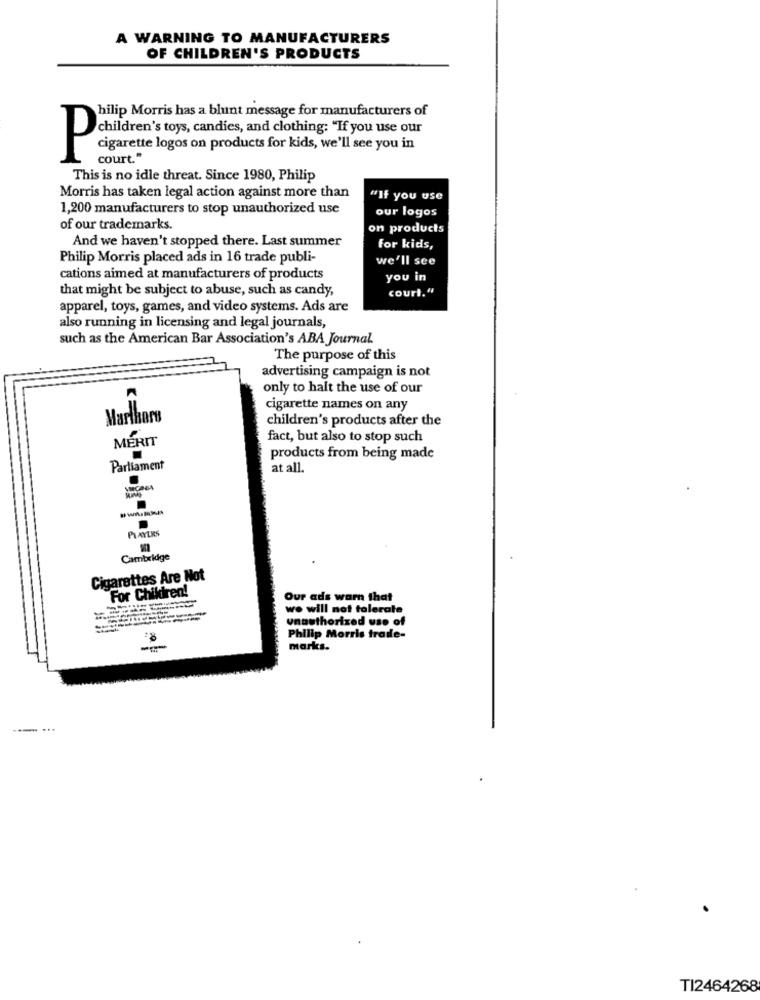
A WARNING TO MANUFACTURERS
OF CHILDREN'S PRODUCTS
hilip Morris has a blunt message for manufacturers of
children's toys, candies, and clothing: "If you use our
cigarette logos on products for kids, we'll see you in
P
court."
This is no idle threat. Since 1980, Philip
Morris has taken legal action against more than
"If you use
1,200 manufacturers to stop unauthorized use
our logos
of our trademarks.
on products
And we haven't stopped there. Last summer
for kids,
Philip Morris placed ads in 16 trade publi-
we'll see
cations aimed at manufacturers of products
you in
that might be subject to abuse, such as candy,
court."
apparel, toys, games, and video systems. Ads are
also running in licensing and legal journals,
such as the American Bar Association's ABA Journal.
The purpose of this
advertising campaign is not
only to halt the use of our
cigarette names on any
Marlkars
children's products after the
MERIT
fact, but also to stop such
products from being made
Parliament
at all.
PLAYERS
Cambridge
Cigarettes Are Not
For Children!
Our ads warn that
we will not tolerate
unauthorized use of
Philip Morris trade-
marks.
--- ...
TI2464268